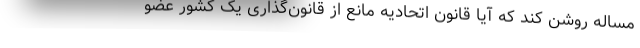
مساله روشن کند که آیا قانون اتحادیه مانع از قانون‌گذاری یک کشور عضو